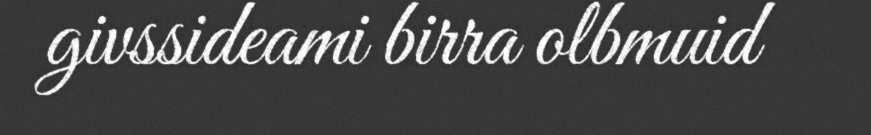
givssideami birra olbmuid